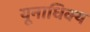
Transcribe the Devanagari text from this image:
यूनाधिक्य